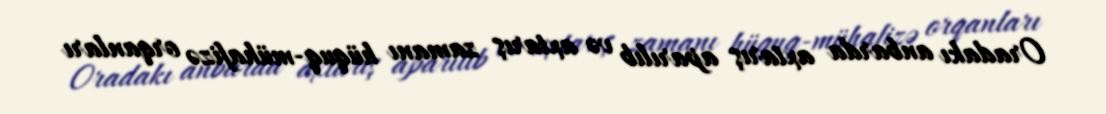
Oradakı anbarda axtarış aparılıb və axtarış zamanı hüquq-mühafizə orqanları